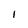
Character: 1